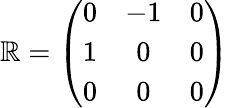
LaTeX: \mathbb{R}=\left(\begin{array}{ccc}{0}&{-1}&{0}\\ {1}&{0}&{0}\\ {0}&{0}&{0}\end{array}\right)